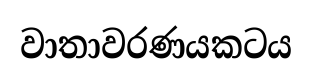
වාතාවරණයකටය